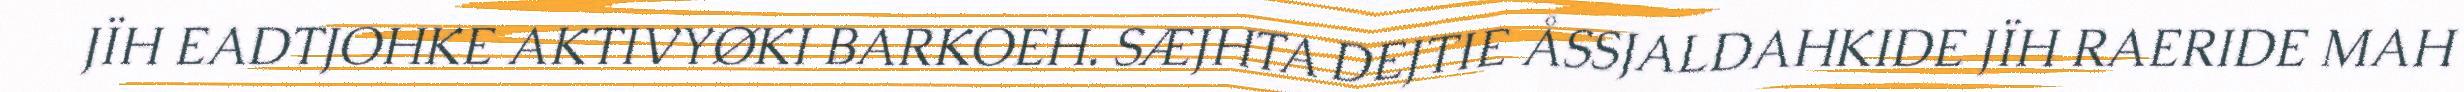
JÏH EADTJOHKE AKTIVYØKI BARKOEH. SÆJHTA DEJTIE ÅSSJALDAHKIDE JÏH RAERIDE MAH